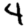
Digit: 4